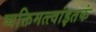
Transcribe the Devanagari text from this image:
व्यक्तिमत्त्वांइतकं